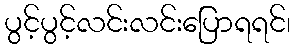
ပွင့်ပွင့်လင်းလင်းပြောရရင်၊